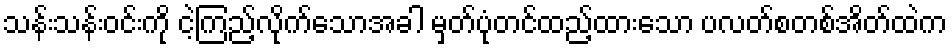
သန်းသန်းဝင်းကို ငဲ့ကြည့်လိုက်သောအခါ မှတ်ပုံတင်ထည့်ထားသော ပလတ်စတစ်အိတ်ထဲက